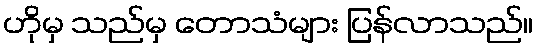
ဟိုမှ သည်မှ တောသံများ ပြန်လာသည်။